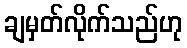
ချမှတ်လိုက်သည်ဟု